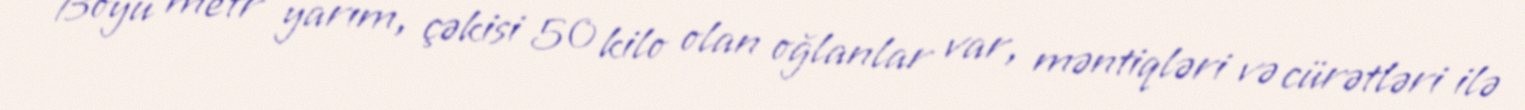
Boyu metr yarım, çəkisi 50 kilo olan oğlanlar var, məntiqləri və cürətləri ilə